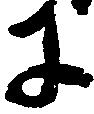
に